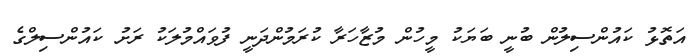
އަތޮޅު ކައުންސިލުން ބުނީ ބަޔަކު މީހުން މުޒާހަރާ ކުރަމުންދަނީ ފުވައްމުލަކު ރަށު ކައުންސިލްގެ